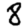
Digit: 8